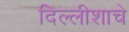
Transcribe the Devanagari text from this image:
दिल्लीशाचे